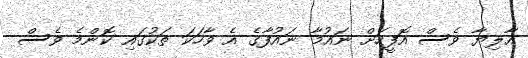
އާލިޔާ ވެސް އޮފީހަށް ނައުމާ ނައުފާގެ އެ ވާހަކަ ތަކުގައި ކޮންމެ ވެސް